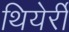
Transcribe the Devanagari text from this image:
थियेर्री